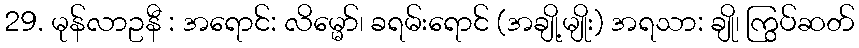
29. မုန်လာဥနီ : အရောင်: လိမ္မော်၊ ခရမ်းရောင် (အချို့မျိုး) အရသာ: ချို၊ ကြွပ်ဆတ်